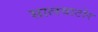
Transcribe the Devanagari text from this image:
सालवाटोर